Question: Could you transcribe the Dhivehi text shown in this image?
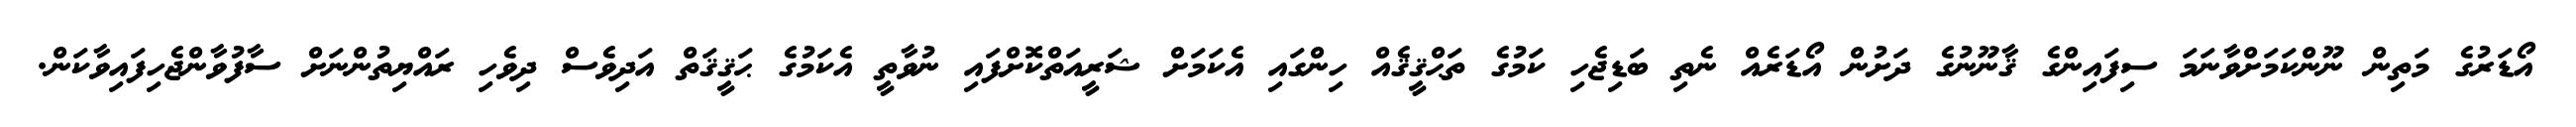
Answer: އޯޑަރުގެ މަތިން ނޫންކަމަށްވާނަމަ ސިފައިންގެ ޤާނޫނުގެ ދަށުން އޯޑަރެއް ނެތި ބަޑިޖެހި ކަމުގެ ތަޙްޤީޤެއް ހިންގައި އެކަމަށް ޝަރީއަތްކޮށްފައި ނުވާތީ އެކަމުގެ ޙަޤީޤަތް އަދިވެސް ދިވެހި ރައްޔިތުންނަށް ސާފުވާންޖެހިފައިވާކަން.